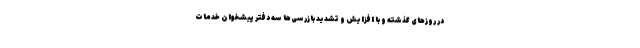
در روزهای گذشته و با افزایش و تشدید بازرسی‌ها سه دفتر پیشخوان خدمات